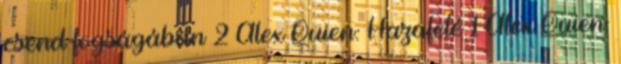
csend fogságában 2 Alex Quien: Hazafelé 1 Alex Quien: